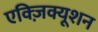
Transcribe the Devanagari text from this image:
एक्ज़िक्यूशन